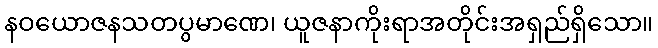
နဝယောဇနသတပွမာဏေ၊ ယူဇနာကိုးရာအတိုင်းအရှည်ရှိသော။